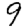
Digit: 9